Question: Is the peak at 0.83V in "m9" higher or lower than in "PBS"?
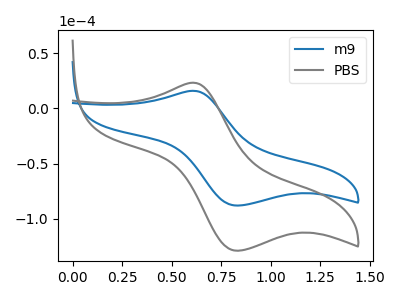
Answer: <think>The blue curve "m9" has an anodic peak at (0.60V, 15.80uA) and a cathodic peak at (0.85V, -88.10uA). The gray curve "PBS" has an anodic peak at (0.60V, 23.10uA) and a cathodic peak at (0.85V, -128.95uA).</think>
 <answer>The peak at 0.83V is lower in "m9" than in "PBS".</answer>
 <eval>lower</eval>